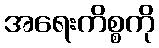
အရေးကိစ္စကို